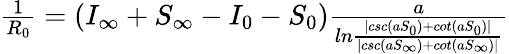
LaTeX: \begin{array}{r}{\frac{1}{R_{0}}=(I_{\infty}+S_{\infty}-I_{0}-S_{0})\frac{a}{ln\frac{|csc(aS_{0})+cot(aS_{0})|}{|csc(aS_{\infty})+cot(aS_{\infty})|}}}\end{array}